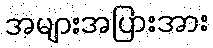
အများအပြားအား